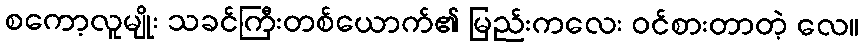
စကော့လူမျိုး သခင်ကြီးတစ်ယောက်၏ မြည်းကလေး ဝင်စားတာတဲ့ လေ။